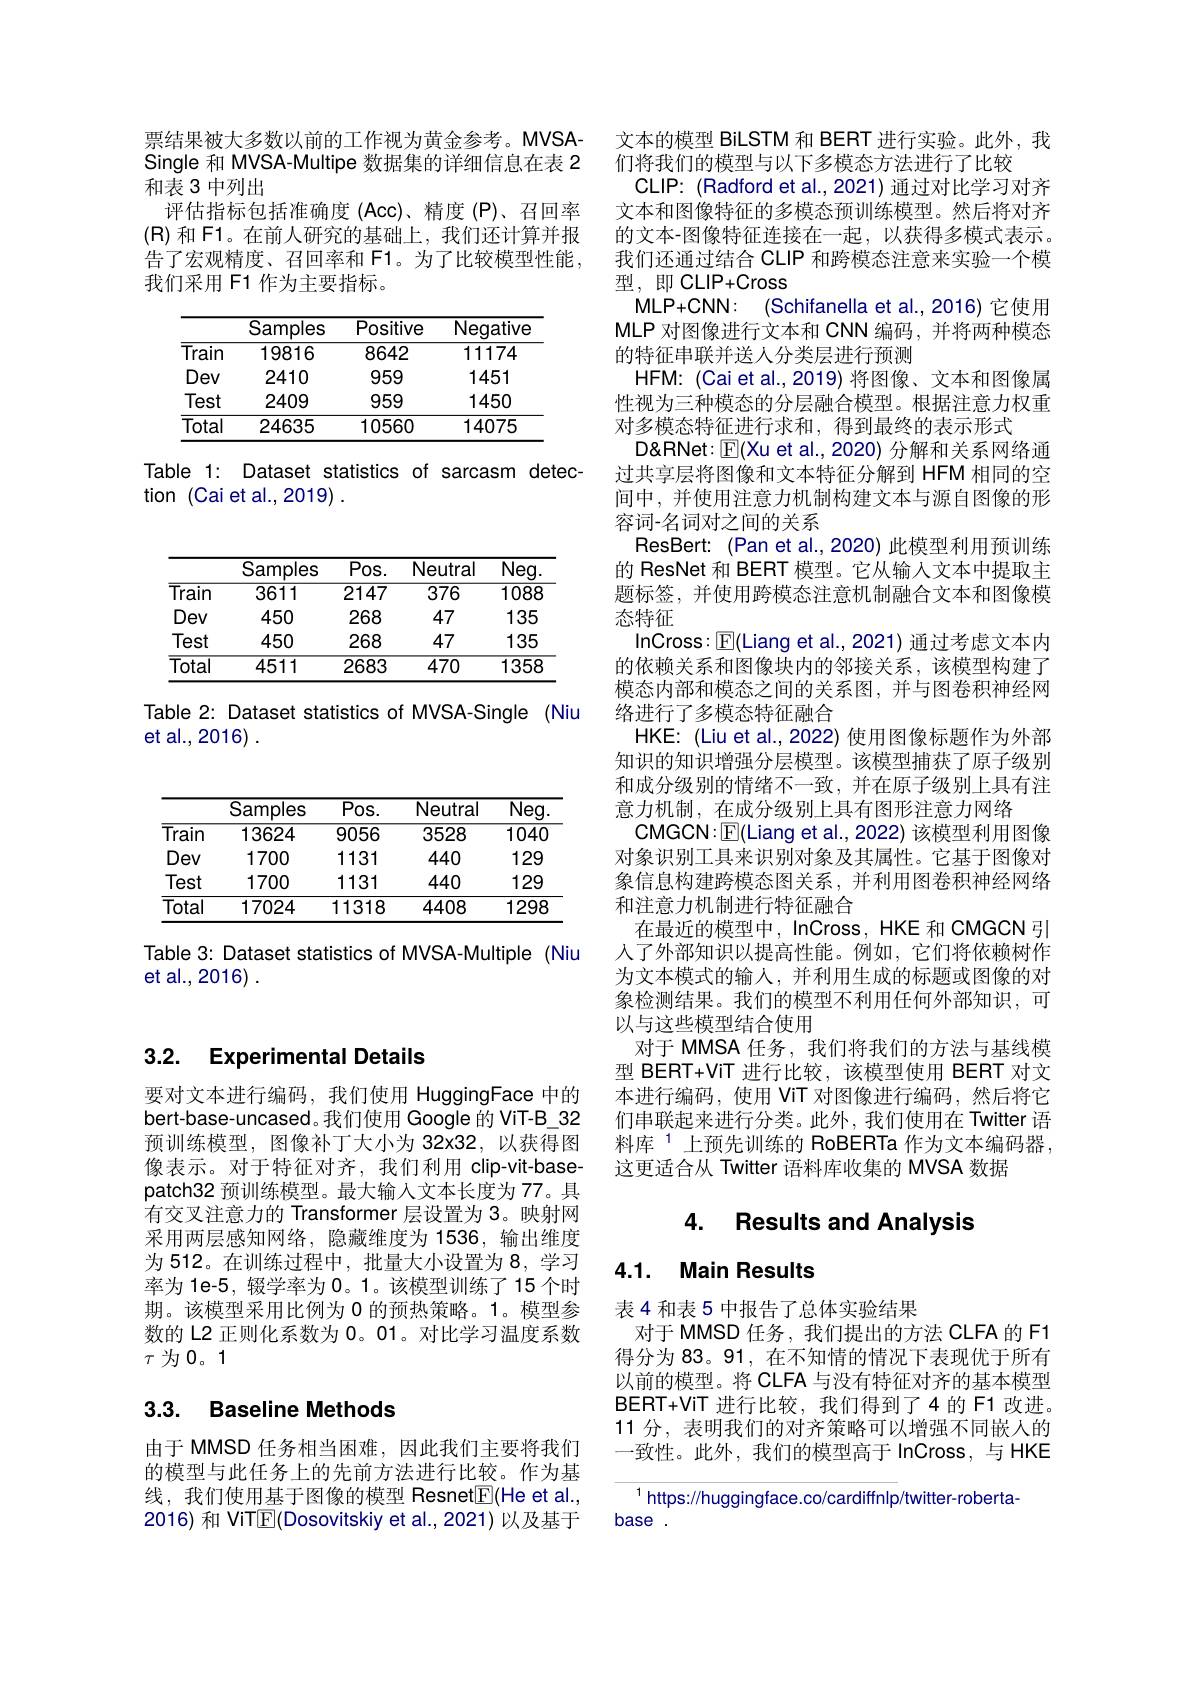
票结果被大多数以前的工作视为黄金参考。MVSASingle 和 MVSA-Multipe 数据集的详细信息在表 2和表 3 中列出
评估指标包括准确度 (Acc)、精度 (P)、召回率$(\mathbb{R})$和 F1。在前人研究的基础上，我们还计算并报告了宏观精度、召回率和 F1。为了比较模型性能， 我们采用 F1 作为主要指标。

<table>
	<tbody>
		<tr>
			<th> </th>
			<th>Samples</th>
			<th>Positive</th>
			<th>Negative</th>
		</tr>
		<tr>
			<td>$\overline{\text{Train}}$</td>
			<td>19816</td>
			<td>8642</td>
			<td>11174</td>
		</tr>
		<tr>
			<td>Dev</td>
			<td>2410</td>
			<td>959</td>
			<td>1451</td>
		</tr>
		<tr>
			<td>Test</td>
			<td>2409</td>
			<td>959</td>
			<td>1450</td>
		</tr>
		<tr>
			<td>$\overline{\text{Total}}$</td>
			<td>24635</td>
			<td>10560</td>
			<td>14075</td>
		</tr>
	</tbody>
</table>

Table 1: Dataset statistics of sarcasm detec-
tion (Cai et al.,2019) .

### 3.2. Experimental Details

要对文本进行编码，我们使用 HuggingFace 中的bert-base-uncased。我们使用 Google 的 ViT-B\_32预训练模型，图像补丁大小为 32X32,以获得图像表示。对于特征对齐，我们利用 clip-vit-basepatch32 预训练模型。最大输人文本长度为 77。具有交叉注意力的 Transformer 层设置为 3。映射网采用两层感知网络，隐藏维度为 1536,输出维度为 512。在训练过程中，批量大小设置为 8, 学习率为 1e-5, 辍学率为 0。1。该模型训练了 15 个时期。该模型采用比例为 0 的预热策略。1。模型参数的 L2 正则化系数为0。01。对比学习温度系数$\tau$为0。1

## 3.3. Baseline Methods

由于 MMSD 任务相当困难，因此我们主要将我们的模型与此任务上的先前方法进行比较。作为基线，我们使用基于图像的模型 Resnet$\boxed{\mathrm{F}}($He et al., 2016) 和 ViTTE(Dosovitskiy et al., 2021) 以及基于

<table>
	<tbody>
		<tr>
			<th> </th>
			<th>Samples</th>
			<th>$\overline{Pos.}$</th>
			<th>Neutral</th>
			<th>$\overline{\mathrm{Neg.}}$</th>
		</tr>
		<tr>
			<td>$\overline{\text{Train}}$</td>
			<td>3611</td>
			<td>2147</td>
			<td>376</td>
			<td>1088</td>
		</tr>
		<tr>
			<td>Dev</td>
			<td>450</td>
			<td>268</td>
			<td>47</td>
			<td>135</td>
		</tr>
		<tr>
			<td>Test</td>
			<td>450</td>
			<td>268</td>
			<td>47</td>
			<td>135</td>
		</tr>
		<tr>
			<td>Total</td>
			<td>4511</td>
			<td>2683</td>
			<td>$\overline{470}$</td>
			<td>1358</td>
		</tr>
	</tbody>
</table>

Table 2: Dataset statistics of MVSA-Single (Niu
et al., 2016) .

<table>
	<tbody>
		<tr>
			<th> </th>
			<th>Samples</th>
			<th>$\overline{Pos.}$</th>
			<th>Neutral</th>
			<th>$\overline{\mathrm{Neg}}$</th>
		</tr>
		<tr>
			<td>Train</td>
			<td>13624</td>
			<td>9056</td>
			<td>3528</td>
			<td>1040</td>
		</tr>
		<tr>
			<td>Dev</td>
			<td>1700</td>
			<td>1131</td>
			<td>440</td>
			<td>129</td>
		</tr>
		<tr>
			<td>Test</td>
			<td>1700</td>
			<td>1131</td>
			<td>440</td>
			<td>129</td>
		</tr>
		<tr>
			<td>$\overline{\text{Total}}$</td>
			<td>17024</td>
			<td>11318</td>
			<td>4408</td>
			<td>1298</td>
		</tr>
	</tbody>
</table>

Table 3: Dataset statistics of MVSA-Multiple (Niu
et al., 2016) .

文本的模型 BiLSTM 和 BERT 进行实验。此外，我
们将我们的模型与以下多模态方法进行了比较
CLIP: (Radford et al., 2021) 通过对比学习对齐文本和图像特征的多模态预训练模型。然后将对齐的文本-图像特征连接在一起，以获得多模式表示。我们还通过结合 CLIP 和跨模态注意来实验一个模型，即 CLIP+Cross
MLP+CNN: (Schifanella et al.,2016) 它使用MLP 对图像进行文本和 CNN 编码，并将两种模态的特征串联并送人分类层进行预测
HFM: (Cai et al., 2019) 将图像、文本和图像属性视为三种模态的分层融合模型。根据注意力权重对多模态特征进行求和，得到最终的表示形式
D&RNet: $\boxed{\mathbb{E}}($Xu et al., 2020) 分解和关系网络通过共享层将图像和文本特征分解到 HFM 相同的空间中，并使用注意力机制构建文本与源自图像的形容词-名词对之间的关系
ResBert: (Pan et al.,2020) 此模型利用预训练的 ResNet 和 BERT 模型。它从输入文本中提取主题标签，并使用跨模态注意机制融合文本和图像模态特征
InCross: $\boxed{\mathbb{F}}($Liang et al., 2021) 通过考虑文本内的依赖关系和图像块内的邻接关系，该模型构建了模态内部和模态之间的关系图，并与图卷积神经网络进行了多模态特征融合
HKE: (Liu et al., 2022) 使用图像标题作为外部知识的知识增强分层模型。该模型捕获了原子级别和成分级别的情绪不一致，并在原子级别上具有注意力机制，在成分级别上具有图形注意力网络
CMGCN:$\boxed{\mathbb{E}}($Liang et al.,2022) 该模型利用图像对象识别工具来识别对象及其属性。它基于图像对象信息构建跨模态图关系，并利用图卷积神经网络和注意力机制进行特征融合
在最近的模型中，InCross, HKE 和 CMGCN 引人了外部知识以提高性能。例如，它们将依赖树作为文本模式的输人，并利用生成的标题或图像的对象检测结果。我们的模型不利用任何外部知识，可以与这些模型结合使用
对于 MMSA 任务，我们将我们的方法与基线模型 BERT+ViT 进行比较，该模型使用 BERT 对文本进行编码，使用 ViT 对图像进行编码，然后将它们串联起来进行分类。此外，我们使用在 Twitter 语料库$^{1}$上预先训练的 RoBERTa 作为文本编码器， 这更适合从 Twitter 语料库收集的 MVSA 数据

### 4. Results and Analvsis

### 4.1. Main Results

表 4 和表 5 中报告了总体实验结果
对于 MMSD 任务，我们提出的方法 CLFA 的 F1得分为 83。91, 在不知情的情况下表现优于所有以前的模型。将 CLFA 与没有特征对齐的基本模型BERT+ViT 进行比较，我们得到了4的F1改进。11 分，表明我们的对齐策略可以增强不同嵌人的一致性。此外，我们的模型高于 InCross,与 HKE

$^{1}$https://huggingface.co/cardiffnlp/twitter-roberta-
base .